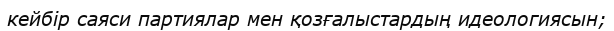
кейбір саяси партиялар мен қозғалыстардың идеологиясын;